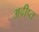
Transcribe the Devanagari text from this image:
अदीप्त